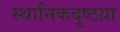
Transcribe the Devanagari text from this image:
स्थानिकदृष्टय़ा